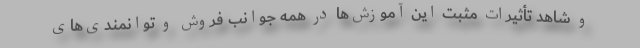
و شاهد تأثیرات مثبت این آموزش‌ها در همه جوانب فروش و توانمندی‌های